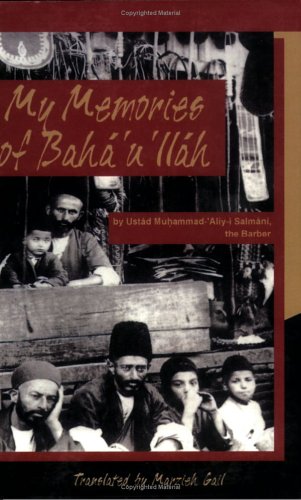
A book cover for My Memories of Baha'u'llah; Ustad Muhammad-'Aliy-i Salmani; Religion & Spirituality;